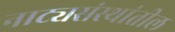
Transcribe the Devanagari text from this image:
नाट्यसंस्थांतील